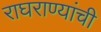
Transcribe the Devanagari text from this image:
राघराण्यांची